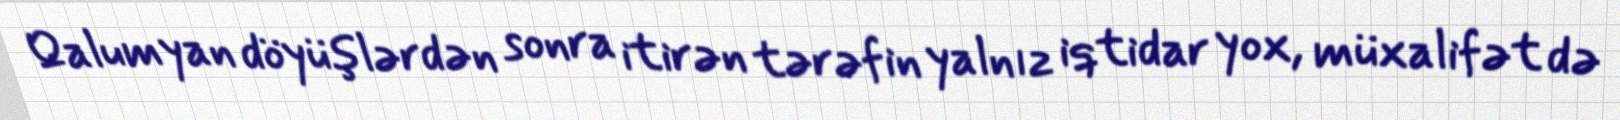
Qalumyan döyüşlərdən sonra itirən tərəfin yalnız iqtidar yox, müxalifət də